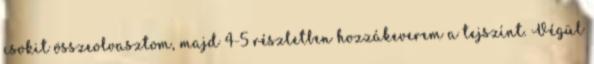
csokit összeolvasztom, majd 4-5 részletben hozzákeverem a tejszínt. Végül